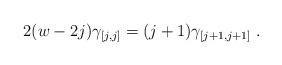
LaTeX: \begin{align*} 2(w-2j) \gamma_{[j,j]} = (j+1) \gamma_{[j+1,j+1]}\;. \end{align*}